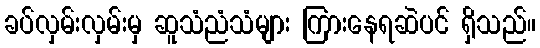
ခပ်လှမ်းလှမ်းမှ ဆူသံညံသံများ ကြားနေရဆဲပင် ရှိသည်။